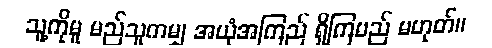
သူ့ကိုမူ မည်သူကမျှ အယုံအကြည် ရှိကြမည် မဟုတ်။